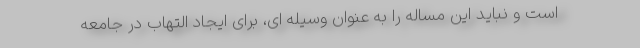
است و نباید این مساله را به عنوان وسیله ای، برای ایجاد التهاب در جامعه